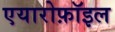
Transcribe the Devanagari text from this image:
एयारोफ़ॉइल